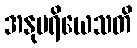
အနုပရိယေသတိ